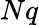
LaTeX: Nq